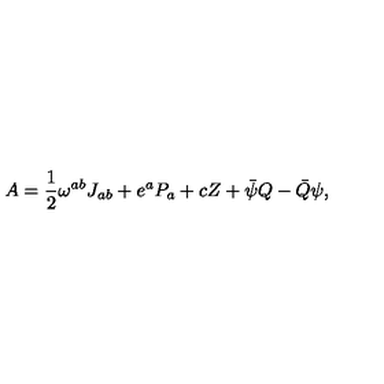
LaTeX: A = \frac { 1 } { 2 } \omega ^ { a b } J _ { a b } + e ^ { a } P _ { a } + c Z + \bar { \psi } Q - \bar { Q } \psi ,